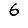
Digit: 6